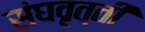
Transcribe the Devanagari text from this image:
संघवृत्ती